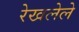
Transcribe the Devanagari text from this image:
रेखलेले